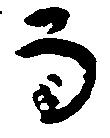
而